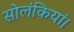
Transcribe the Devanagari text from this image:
सोलंकियां।